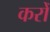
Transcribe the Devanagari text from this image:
करोँ